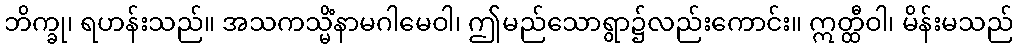
ဘိက္ခု၊ ရဟန်းသည်။ အသကသ္မိံနာမဂါမေဝါ၊ ဤမည်သောရွာ၌လည်းကောင်း။ ဣတ္ထီဝါ၊ မိန်းမသည်